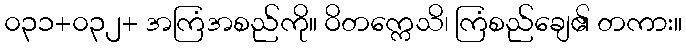
၀၃၁+၀၃၂+ အကြံအစည်ကို။ ဝိတက္ကေသိ၊ ကြံစည်ချေ၏ တကား။